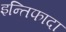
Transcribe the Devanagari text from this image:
इन्तिफादा